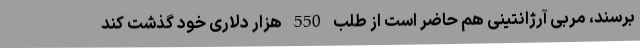
برسند، مربی آرژانتینی هم حاضر است از طلب 550 هزار دلاری خود گذشت کند